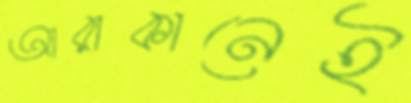
আরাকানেই